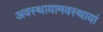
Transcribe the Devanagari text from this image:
अवस्थायामवस्थायां